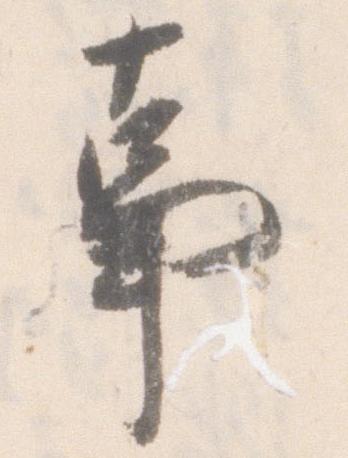
事